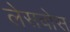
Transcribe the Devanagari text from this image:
लेसवोस